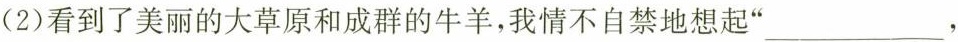
(2)看到了美丽的大草原和成群的牛羊，我情不自禁地想起”___，